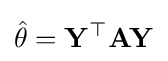
{\hat {\theta }}=\mathbf {Y} ^{\top }\mathbf {A} \mathbf {Y}